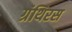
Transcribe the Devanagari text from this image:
ग्रंथिरस